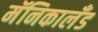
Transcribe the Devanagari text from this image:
मॅनिकालँड